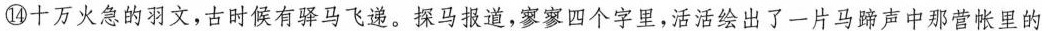
⑭十万火急的羽文,古时候有驿马飞递。探马报道,寥寥四个字里，活活绘出了一片马蹄声中那营帐里的